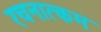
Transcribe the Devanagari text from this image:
रचनात्‍कम